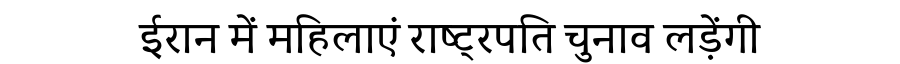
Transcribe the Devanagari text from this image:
ईरान में महिलाएं राष्ट्रपति चुनाव लड़ेंगी